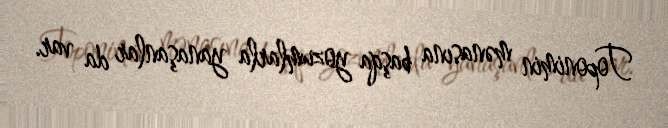
Toponimin mənasına başqa yozumlarla yanaşanlar da var.